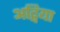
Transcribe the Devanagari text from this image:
अद्विया